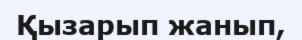
Қызарып жанып,